Report on vaccination in Madras 1904-1921 - 1904-1921
Year: 1904
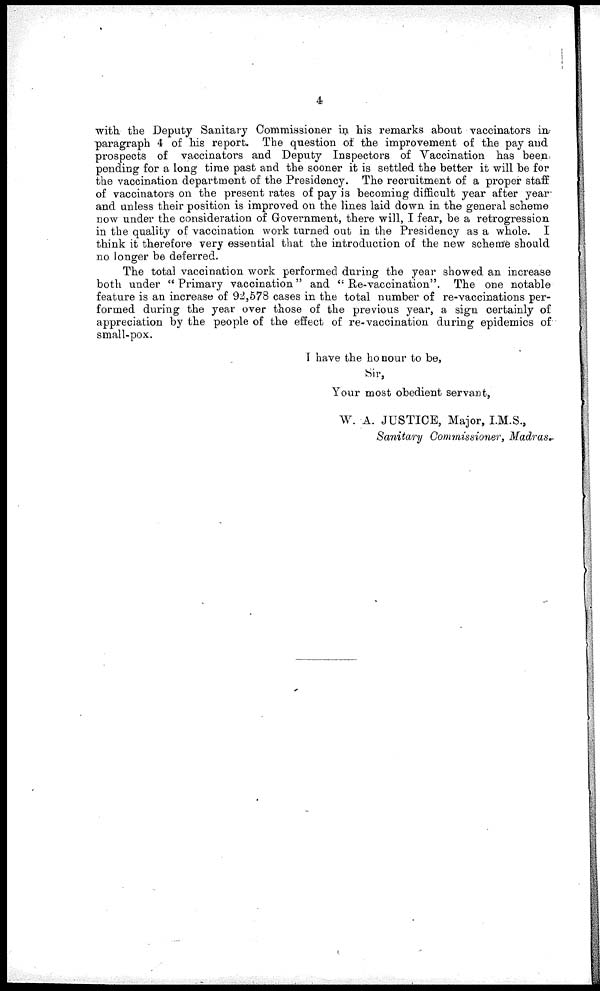
4
with the Deputy Sanitary Commissioner in his remarks about vaccinators in
paragraph 4 of his report. The question of the improvement of the pay and
prospects of vaccinators and Deputy Inspectors of Vaccination has been
pending for a long time past and the sooner it is settled the better it will be for
the vaccination department of the Presidency. The recruitment of a proper staff
of vaccinators on the present rates of pay is becoming difficult year after year
and unless their position is improved on the lines laid down in the general scheme
now under the consideration of Government, there will, I fear, be a retrogression
in the quality of vaccination work turned out in the Presidency as a whole. I
think it therefore very essential that the introduction of the new scheme should
no longer be deferred.
The total vaccination work performed during the year showed an increase
both under "Primary vaccination" and " Re-vaccination". The one notable
feature is an increase of 92,578 cases in the total number of re-vaccinations per-
formed during the year over those of the previous year, a sign certainly of
appreciation by the people of the effect of re-vaccination during epidemics of
small-pox.
I have the honour to be,
Sir,
Your most obedient servant,
W. A. JUSTICE, Major, I.M.S.,
Sanitary Commissioner, Madras.